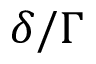
\delta / \Gamma